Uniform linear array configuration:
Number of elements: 64
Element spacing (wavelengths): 0.75
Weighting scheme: hann
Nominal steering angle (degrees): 30
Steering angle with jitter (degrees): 29.64
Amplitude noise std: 0.05
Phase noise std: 0.05

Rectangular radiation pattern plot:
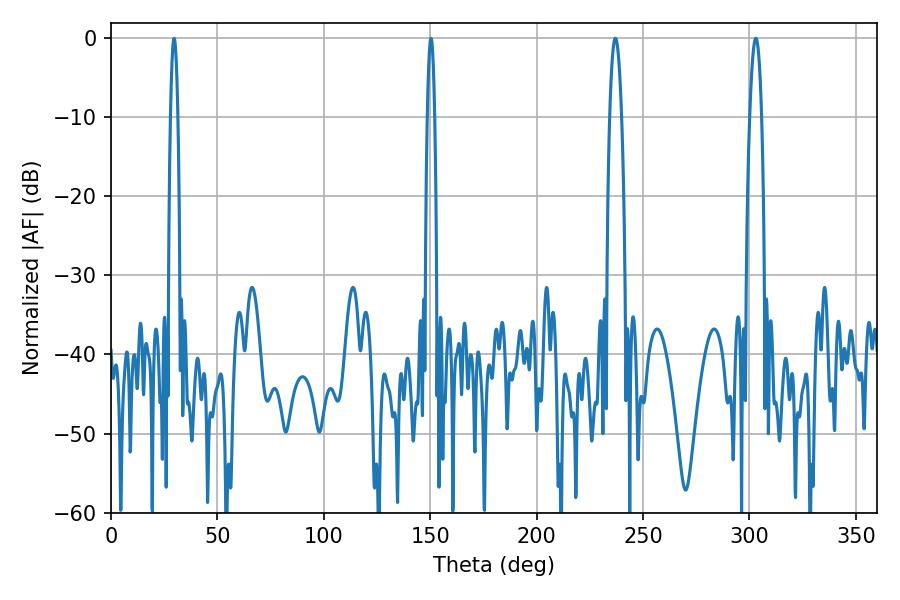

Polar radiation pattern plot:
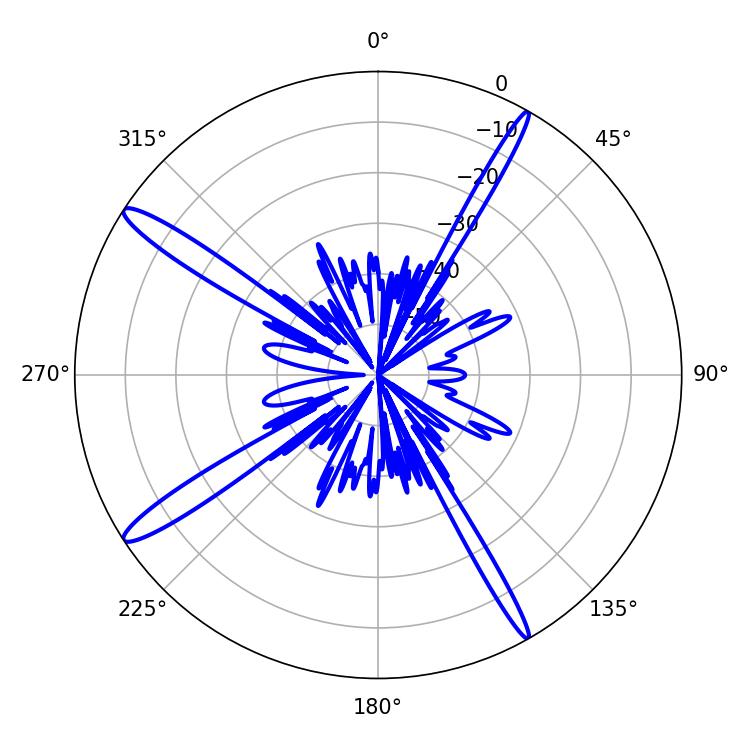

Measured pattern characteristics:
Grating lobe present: TRUE
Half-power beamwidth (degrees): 3.06
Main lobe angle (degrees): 302.94